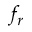
f _ { r }